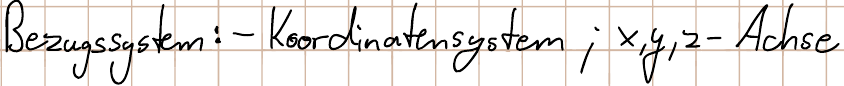
Bezugssystem: - Koordinatensystem ; x, y, z - Achse